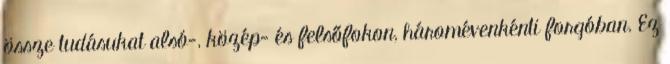
össze tudásukat alsó-, közép- és felsőfokon, háromévenkénti forgóban. Ez